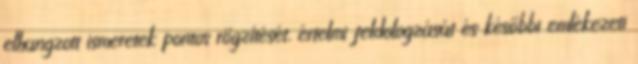
elhangzott ismeretek pontos rögzítését, értelmi feldologzását és későbbi emlékezeti